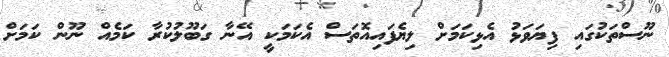
ނޫސްތަކުގައި ފިޔަވަޅު އެޅިކަމަށް ލިޔެފައިއޮތަސް އެކަމަކީ އޭނާ ގަބޫލުކުރާ ކަމެއް ނޫން ކަމަށް